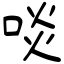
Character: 啖